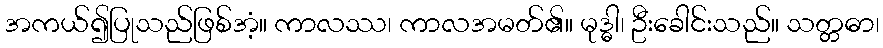
အကယ်၍ပြုသည်ဖြစ်အံ့။ ကာလဿ၊ ကာလအမတ်၏။ မုဒ္ဓါ၊ ဦးခေါင်းသည်။ သတ္တဓာ၊